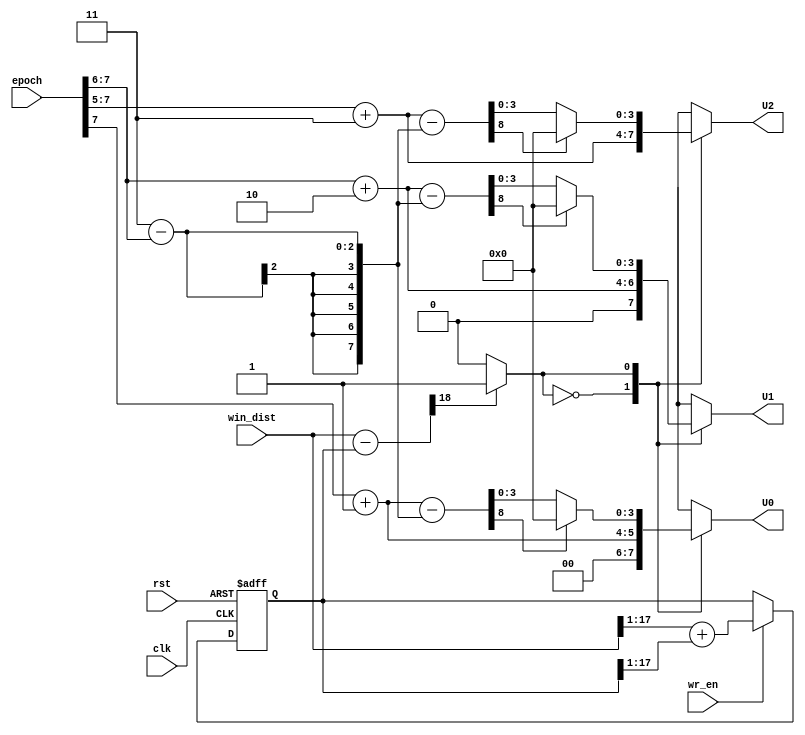
`define P  8
`define L0 1
`define L1 2
`define L2 3
`define V0 1
`define V1 2
`define V2 3
//`define TE 256

module USG(clk,
             rst,
             wr_en,
             win_dist,
             epoch,
             U0,
             U1,
             U2
            );

  // ---------------------- input  ---------------------- //
  input clk,rst;
  input wr_en;
  input [17:0]win_dist;
  input [7:0]epoch;   // training counter

  // ---------------------- output ---------------------- //
  output reg[3:0]U0,U1,U2;

  // ---------------------- design ---------------------- //
  reg [17:0]dc_bar;
  reg mux_sel;
  reg [7:0]I00,I10,I20;
  reg [8:0]I01,I11,I21;
  reg [3:0]limiter0,limiter1,limiter2;

  wire [17:0]avg_dist;
  wire [18:0]compartor;
  wire [7:0]count;
  wire [7:0]F;
  wire [17:0]avg_win,avg_dc;

  assign avg_win=win_dist>>1;
  assign avg_dc=dc_bar>>1;
  assign avg_dist=avg_win+avg_dc;
  assign compartor=win_dist-dc_bar; //dc-dc_bar
  assign count=epoch>>6; // TE/4=64 shift 6 bits
  assign F=8'd3-count;

  always@(posedge clk or posedge rst)
  begin
    if(rst)
    begin
      dc_bar<=18'd0;
    end
    else if(wr_en)
    begin
      dc_bar<=avg_dist;
    end
    else
    begin
    end
  end

  //compartor output
  always@(*)
  begin
    if(compartor[18])
    begin
      mux_sel=1'b1;
    end
    else
    begin
      mux_sel=1'b0;
    end
  end


  always@(epoch)
  begin
    I00=(epoch>>7)+8'd1;
    I01=I00-F;
    //pass by limiter
    if(I01[8])
    begin
      limiter0=4'd0;
    end
    else
    begin
      limiter0=I01[3:0];
    end
    //pass by mux
    case(mux_sel)
      1'b0:
        U0=I00[3:0];
      1'b1:
        U0=limiter0;
      default:
        U0=4'd0;
    endcase
  end

  always@(epoch)
  begin
    I10=(epoch>>6)+8'd2;
    I11=I10-F;
    //pass by limiter
    if(I11[8])
    begin
      limiter1=4'd0;
    end
    else
    begin
      limiter1=I11[3:0];
    end
    //pass by mux
    case(mux_sel)
      1'b0:
        U1=I10[3:0];
      1'b1:
        U1=limiter1;
      default:
        U1=4'd0;
    endcase
  end

  always@(epoch)
  begin
    I20=(epoch>>5)+8'd3;
    I21=I20-F;
    //pass by limiter
    if(I21[8])
    begin
      limiter2=4'd0;
    end
    else
    begin
      limiter2=I21[3:0];
    end
    //pass by mux
    case(mux_sel)
      1'b0:
        U2=I20[3:0];
      1'b1:
        U2=limiter2;
      default:
        U2=4'd0;
    endcase
  end

endmodule